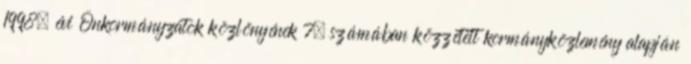
1998. évi Önkormányzatok közlönyének 7. számában közzétett kormányközlemény alapján